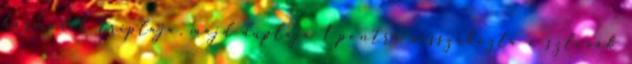
harmadik triplája, majd duplája 1 pontra visszahozta a szlovák